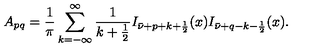
A _ { p q } = \frac 1 \pi \sum _ { k = - \infty } ^ { \infty } \frac 1 { k + \frac 1 2 } I _ { \bar { \nu } + p + k + \frac 1 2 } ( x ) I _ { \bar { \nu } + q - k - \frac 1 2 } ( x ) .